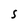
Character: S